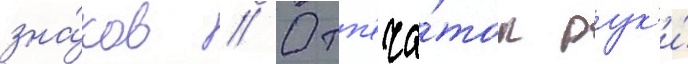
зна́ков // Отп'еча́ток рук'и́